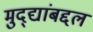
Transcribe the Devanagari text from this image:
मुद्द्यांबद्दल